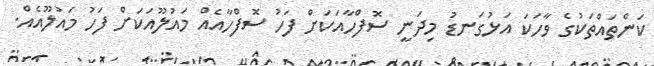
ކަންތައްތަކުގެ ވާހަކަ އަޅުގަނޑު މިދަނީ ސޮފްހާއަކަށް ފަހު ސޮފްހާއެއް މައުލޫއަކަށް ފަހު މައުލޫއެއް.